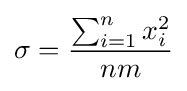
\sigma ={\frac {\sum _{i=1}^{n}x_{i}^{2}}{nm}}